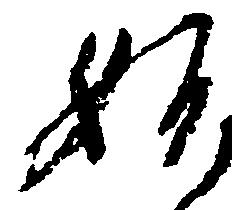
始